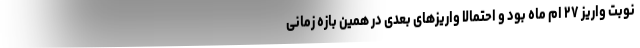
نوبت واریز ۲۷ ام ماه بود و احتمالا واریزهای بعدی در همین بازه زمانی